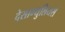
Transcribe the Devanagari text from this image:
देसाग्युलियर्स